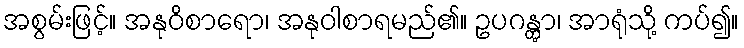
အစွမ်းဖြင့်။ အနုဝိစာရော၊ အနုဝါစာရမည်၏။ ဥပဂန္တွာ၊ အာရုံသို့ ကပ်၍။